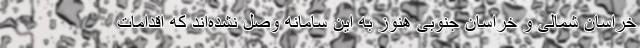
خراسان شمالی و خراسان جنوبی هنوز به این سامانه وصل نشده‌اند که اقدامات